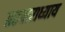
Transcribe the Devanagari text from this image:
ग्रहचाराध्याय